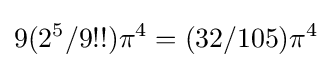
9(2^{5}/9!!)\pi ^{4}=(32/105)\pi ^{4}